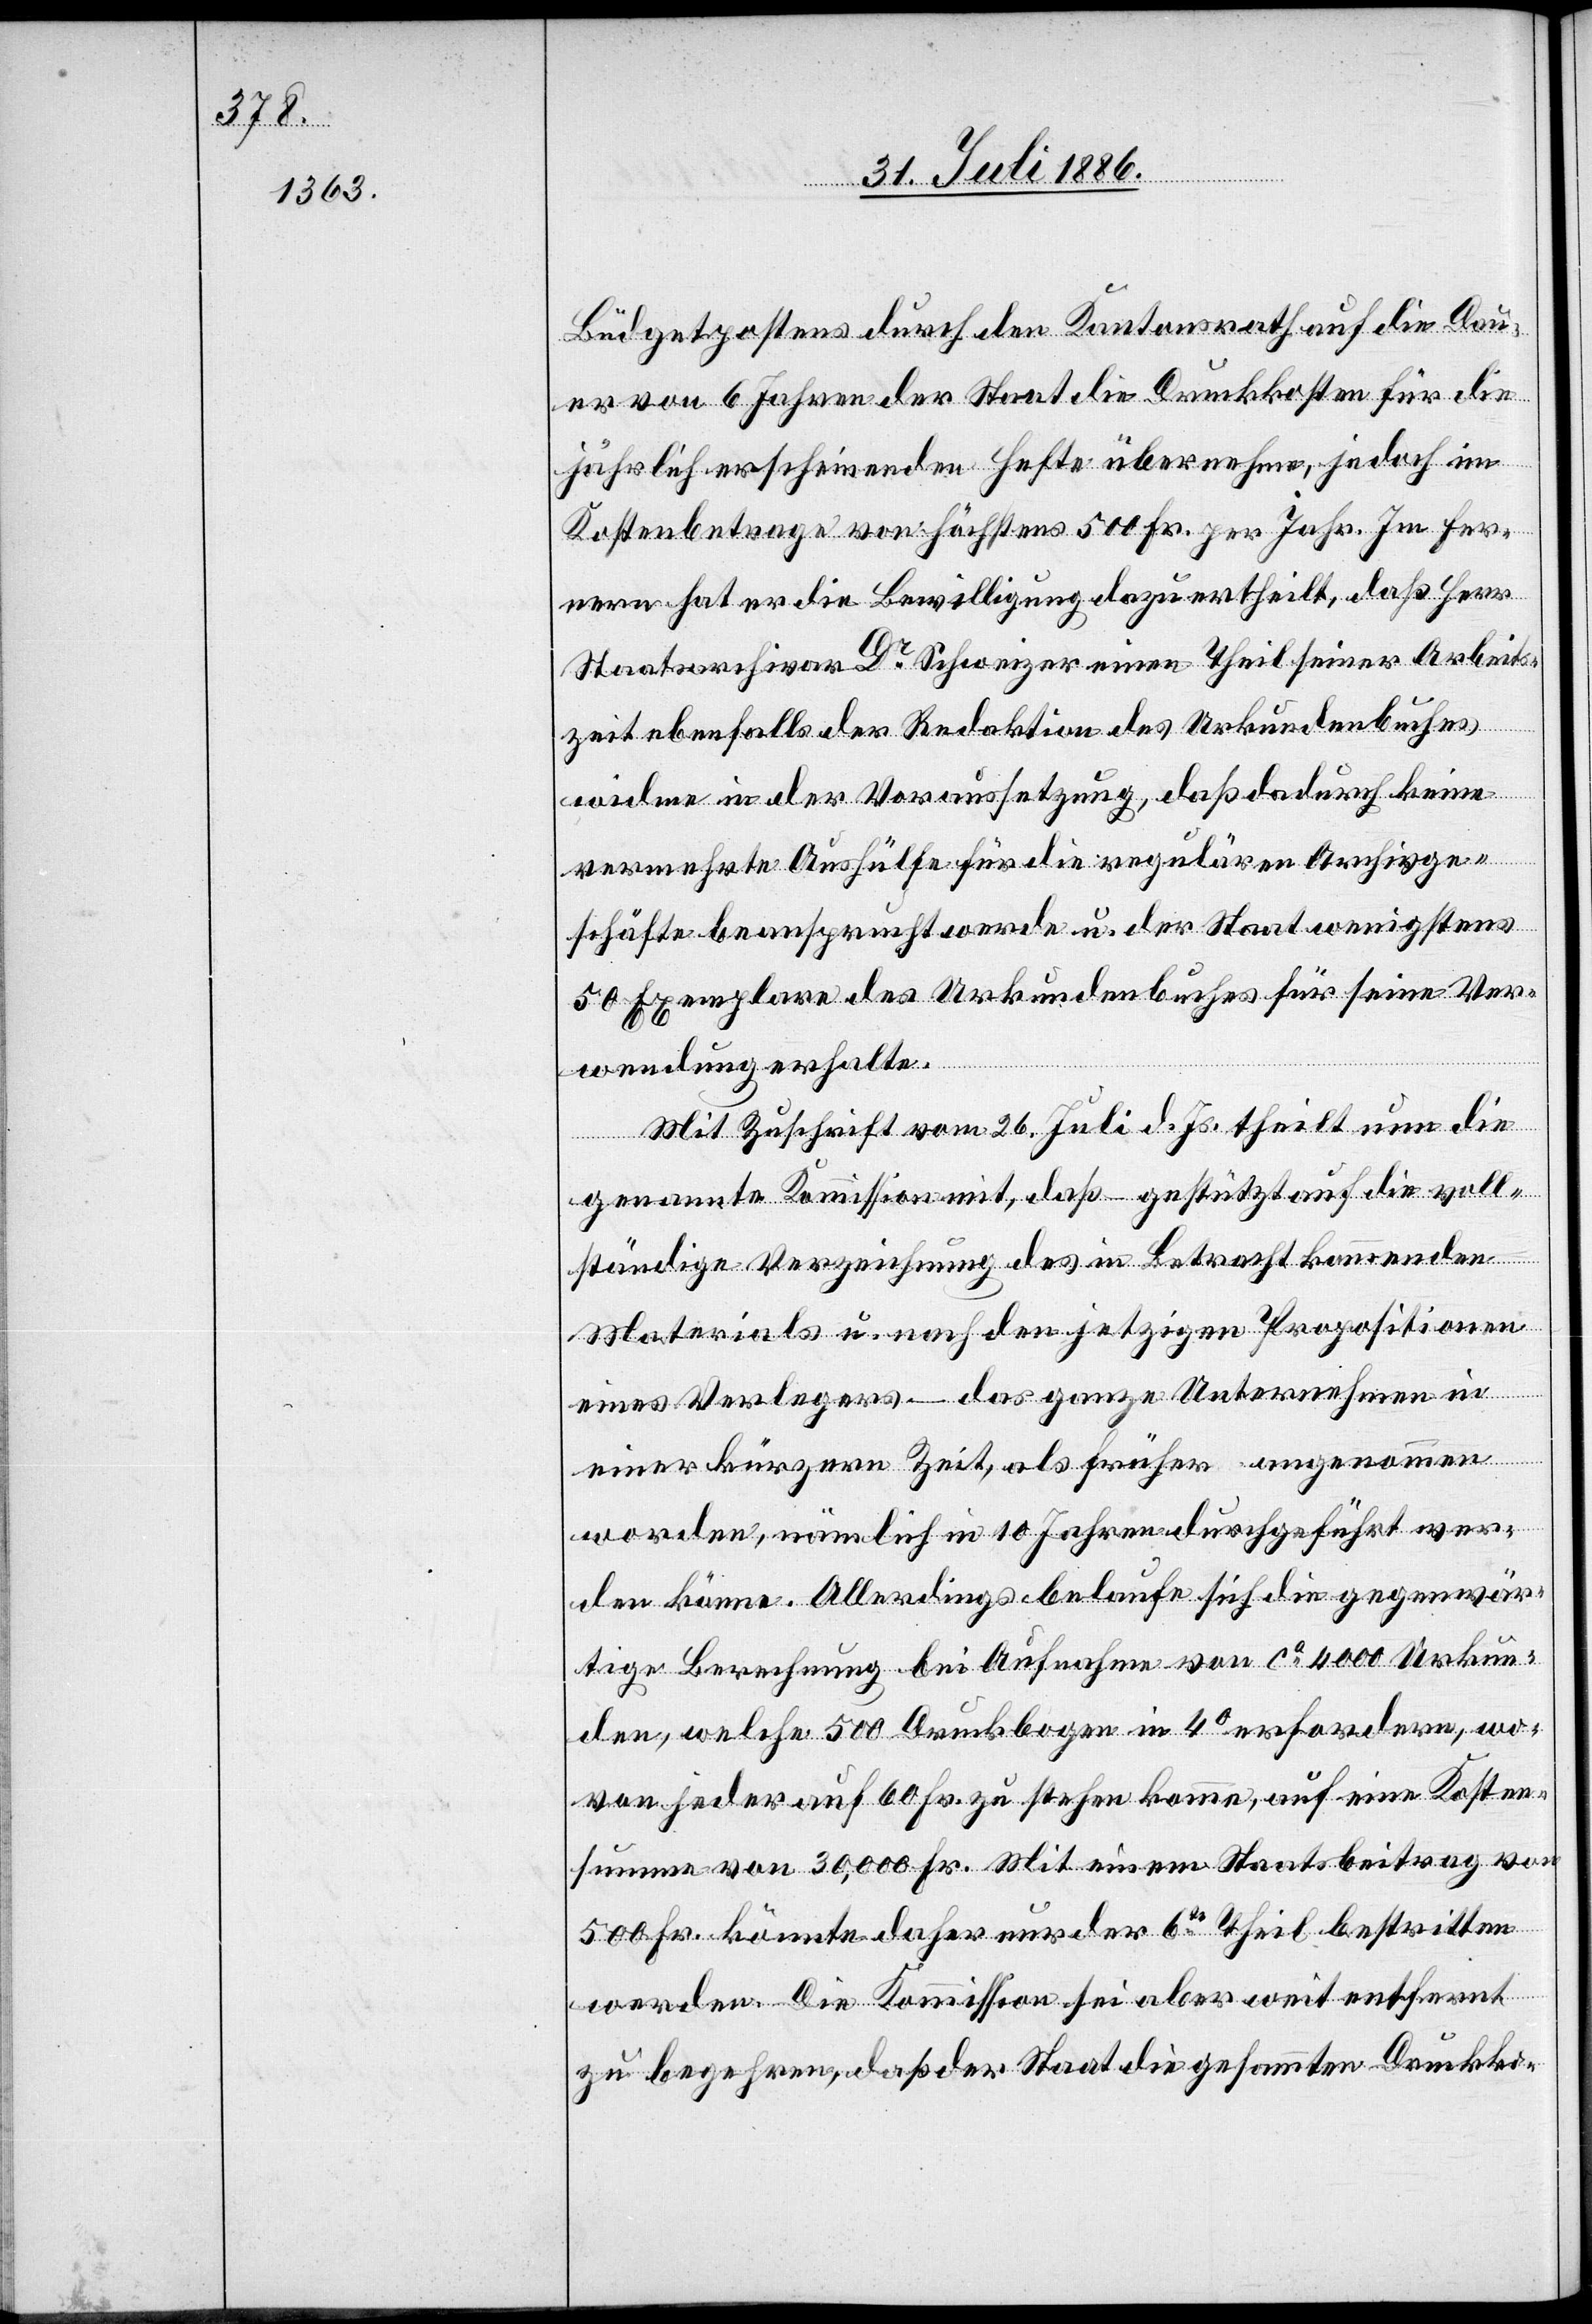
Büdgetpostens durch den Kantonsrath auf die Dau¬
er von 6 Jahren der Staat die Druckkosten für die
jährlich erscheinenden Hefte übernehme, jedoch im
Kostenbetrage von höchstens 500 Fr. per Jahr. Im Fer¬
nern hat er die Bewilligung dazu ertheilt, daß Herr
Staatsarchivar Dr Schweizer einen Theil seiner Arbeits¬
zeit ebenfalls der Redaktion des Urkundenbuches,
widme in der Voraussetzung, daß dadurch keine
vermehrte Aushülfe für die regulären Archivge¬
schäfte beansprucht werde u. der Staat wenigstens
50 Exemplare des Urkundenbuches für seine Ver¬
wendung erhalte.
Mit Zuschrift vom 26. Juli d. Js. theilt nun die
genannte Kommission mit, daß – gestützt auf die voll¬
ständige Verzeichnung des in Betracht kommenden
Materials u. nach den jetzigen Propositionen
eines Verlages – das ganze Unternehmen in
einer kürzern Zeit, als früher angenommen
worden, nämlich in 10. Jahren durchgeführt wer¬
den könne. Allerdings belaufe sich die gegenwär¬
tige Berechnung bei Aufnahme von ca 4000 Urkun¬
den, welche 500 Druckbogen in 4° erfordern, wo¬
von jeder auf 60 Fr. zu stehen komme, auf eine Kosten¬
summe von 30,000 Fr. Mit einem Staatsbeitrag von
500 Fr. könnte daher nur der 6te Theil bestritten
werden. Die Kommission sei aber weit entfernt
zu begehren, daß der Staat die gesammten Druckko-